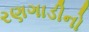
રણગાડીનો